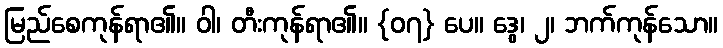
မြည်စေကုန်ရာ၏။ ဝါ၊ တီးကုန်ရာ၏။ {၀၇} ပေ။ ဒွေ၊ ၂၊ ဘက်ကုန်သော။